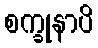
စက္ခုနာပိ